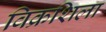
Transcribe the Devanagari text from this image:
विक्रशिला